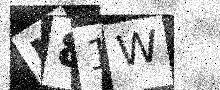
Text: N81W